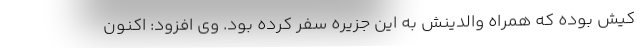
کیش بوده که همراه والدینش به این جزیره سفر کرده بود. وی افزود: اکنون